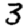
Digit: 3